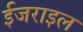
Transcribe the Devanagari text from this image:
ईजराइल